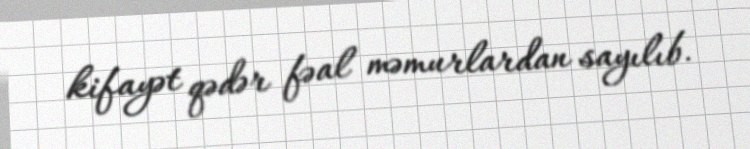
kifayət qədər fəal məmurlardan sayılıb.